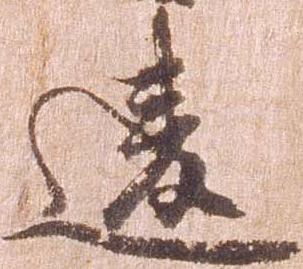
違